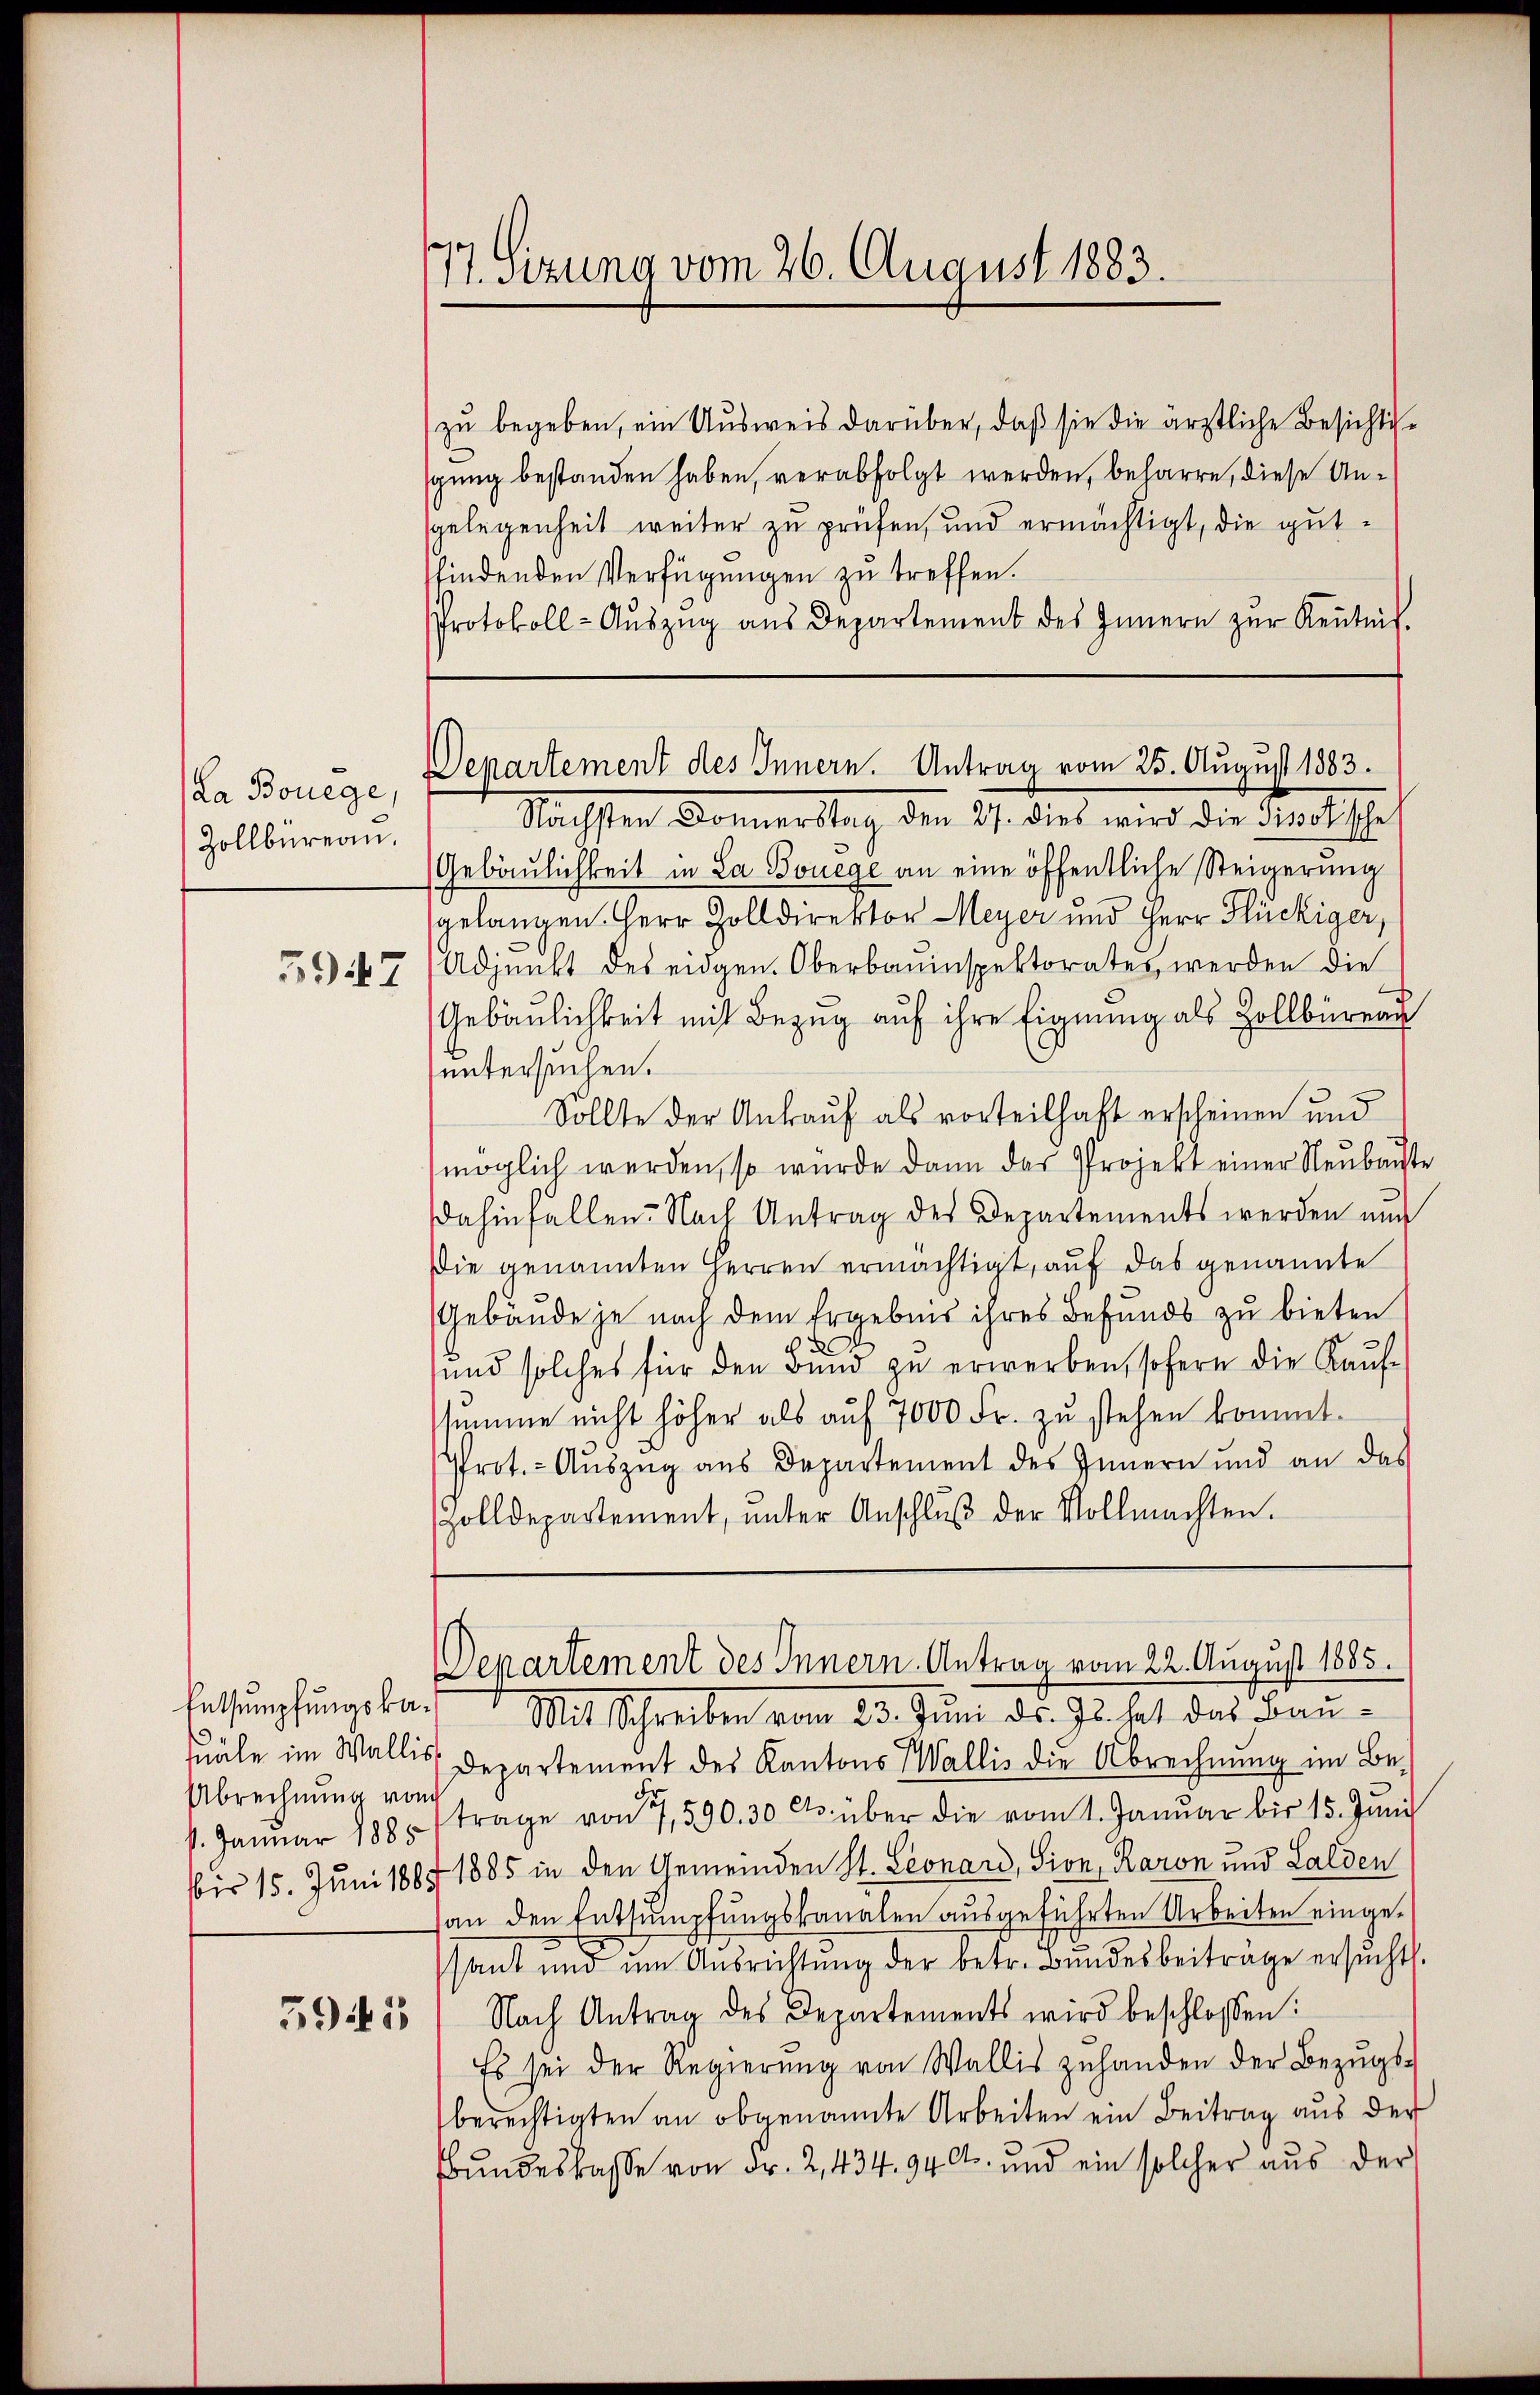
La Bouege,
Zollbüreau.

3947

Entsumpfungskafnäle im Wallis,
Abrechnung von
1. Januar 1885
bis 15. Juni 1883

5945

77. Sizung vom 26. August 1883.

Departement des Innern. Antrag vom 25. August 1883.

zu begeben, ein Ausweis darüber, daß sie die ärztliche Besichtigung bestanden haben, verabfolgt werden, beharre, diese Angelegenheit weiter zu prüfen, und ermächtigt, die gutsfindenden Verfügungen zu treffen.
Protokoll-Aŭszŭg aŭs Departement des Innern zŭr Kenntnis.
Nächsten Vormittag den 27. dies wird die Firmatische
Gebäulichkeit in La Bouege an eine öffentliche Steigerung
gelangen. Herr Zolldirektor Meyer und Herr Flückiger,
Adjunkt des eidgen. Oberbauinspektorates werden die
Gebäulichkeit mit Bezug auf ihre Eignung als Zollbüreau
untersuchen.
Sollte der Ankauf als vorteilhaft erscheinen und
möglich werden, so würde dann das Projekt einer Neubaute
dahinfällen. Nach Antrag des Departements werden und
Die genannten Herren ermächtigt, auf das genannte
Gebäude je nach dem Ergebnis ihres Befunds zu bieten
.

und solches für den Bund zu erwerben, sofern die Kaufstumme nicht höher als auf 7000 Fr. zŭ stehen kommt.
Prot. - Auszug aus Departement des Innern und an das
zolldepartement, ŭnter Anschlŭβ der Vollmachten.

Departement des Innern. Antrag vom 22. August 1885.

Mit Schreiben vom 23. Juni d. Js. hat das Bau-
Departement des Kantons Wallis die Abrechnung im Betrage von 7,590. 30 Cts. über die vom 1. Januar bis 15. Jŭni
1885 in den Gemeinden St. Leonard, Sion, Raron und Lalden
an den Entsumpfungskanalen ausgeführten Arbeiten eingesant und im Ausrichtŭng der betr. Bundesbeiträge ersucht.
Nach Antrag des Departements wird beschlossen:
Es sei der Regierŭng von Wallis zuhanden der Bezŭgs-
berechtigten an obgenannte Arbeiten ein Beitrag aus der
Bundeskasse von Fr. 2, 434. 94 Cts. und ein solcher aus der